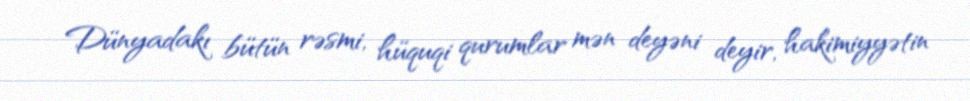
Dünyadakı bütün rəsmi, hüquqi qurumlar mən deyəni deyir, hakimiyyətin